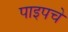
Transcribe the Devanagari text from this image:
पाइपचे